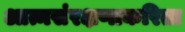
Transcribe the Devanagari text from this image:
आत्मसंरक्षणाकरिता